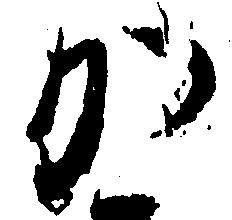
か